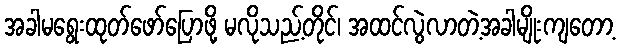
အခါမရွေးထုတ်ဖော်ပြောဖို့ မလိုသည့်တိုင်၊ အထင်လွဲလာတဲ့အခါမျိုးကျတော့